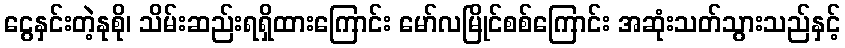
ငွေနှင်းတဲ့နုစို၊ သိမ်းဆည်းရရှိထားကြောင်း မော်လမြိုင်စစ်ကြောင်း အဆုံးသတ်သွားသည်နှင့်